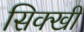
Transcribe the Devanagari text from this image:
सिक्खी